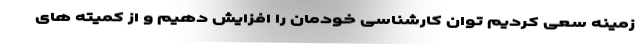
زمینه سعی کردیم توان کارشناسی خودمان را افزایش دهیم و از کمیته های